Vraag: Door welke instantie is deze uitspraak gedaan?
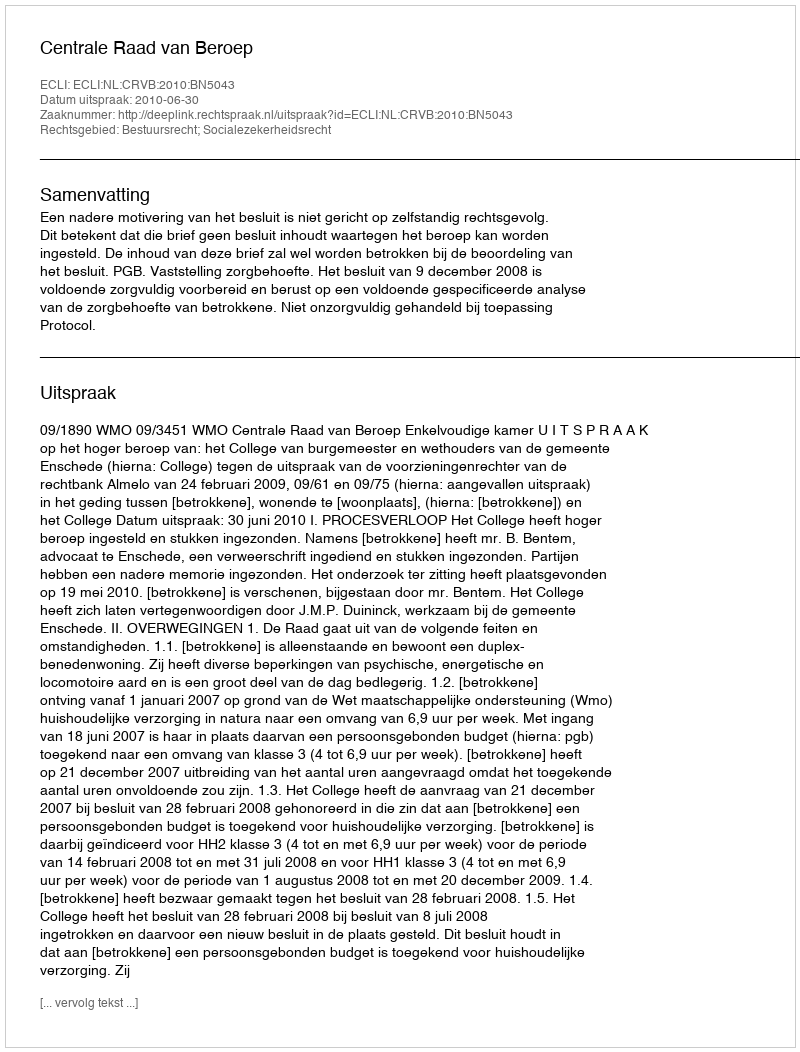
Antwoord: Centrale Raad van Beroep